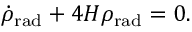
{ \dot { \rho } } _ { \mathrm { { r a d } } } + 4 H \rho _ { \mathrm { { r a d } } } = 0 .